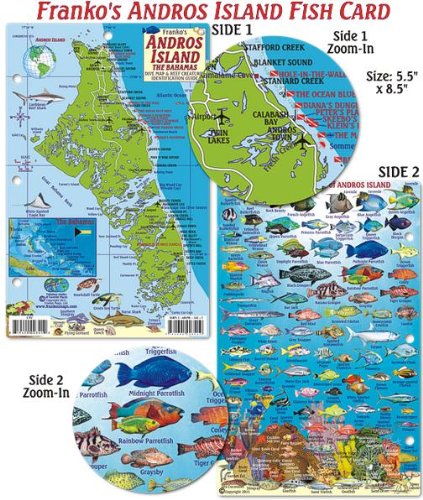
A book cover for Andros Island Bahamas Dive Map & Reef Creatures Guide Franko Maps Laminated Fish Card; Franko Maps Ltd.; Travel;